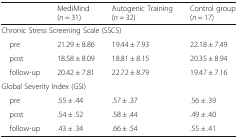
|  | MediMind (n = 31) | Autogenic Training (n = 32) | Control group (n = 17) |
 | --- | --- | --- | --- |
 | <COLSPAN=4> Chronic Stress Screening Scale (SSCS) |
 | pre | 21.29 ± 8.86 | 19.44 ± 7.93 | 22.18 ± 7.49 |
 | post | 18.58 ± 8.09 | 18.81 ± 8.15 | 20.35 ± 8.94 |
 | follow-up | 20.42 ± 7.81 | 22.72 ± 8.79 | 19.47 ± 7.16 |
 | <COLSPAN=4> Global Severity Index (GSI) |
 | pre | .55 ± .44 | .57 ± .37 | .56 ± .39 |
 | post | .54 ± .52 | .58 ± .44 | .49 ± .40 |
 | follow-up | .43 ± .34 | .66 ± .54 | .55 ± .41 |